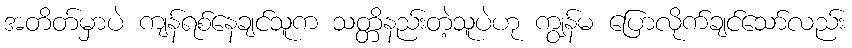
အတိတ်မှာပဲ ကျန်ရစ်နေချင်သူက သတ္တိနည်းတဲ့သူပဲဟု ကျွန်မ ပြောလိုက်ချင်သော်လည်း